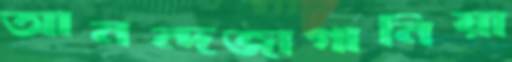
আনন্দজাগানিয়া